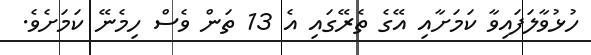
ހުޅުވާލަފައިވާ ކަމަށާއި އޭގެ ތެރޭގައި އެ 13 ތަން ވެސް ހިމެނޭ ކަމަށެވެ.